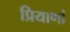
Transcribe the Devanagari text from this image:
प्रियाणां